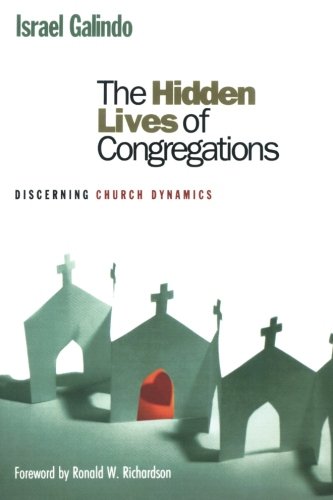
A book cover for The Hidden Lives of Congregations: Discerning Church Dynamics; Israel Galindo; Christian Books & Bibles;